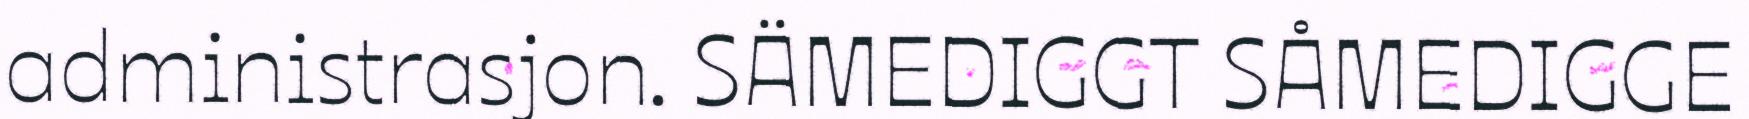
administrasjon. SÄMEDIGGT SÅMEDIGGE